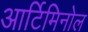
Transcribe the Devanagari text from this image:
आर्टिमिनोल